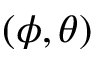
( \phi , \theta )